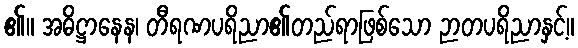
၏။ အဓိဋ္ဌာနေန၊ တီရဏပရိညာ၏တည်ရာဖြစ်သော ဉာတပရိညာနှင့်။